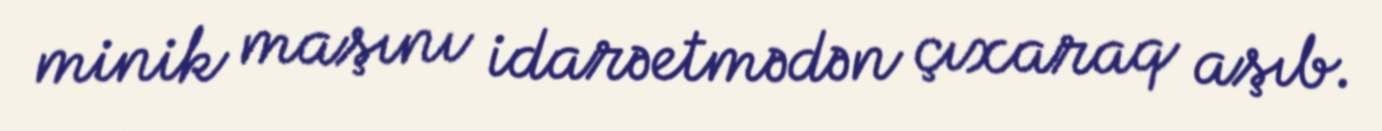
minik maşını idarəetmədən çıxaraq aşıb.